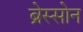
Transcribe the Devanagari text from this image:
ब्रेस्सोन